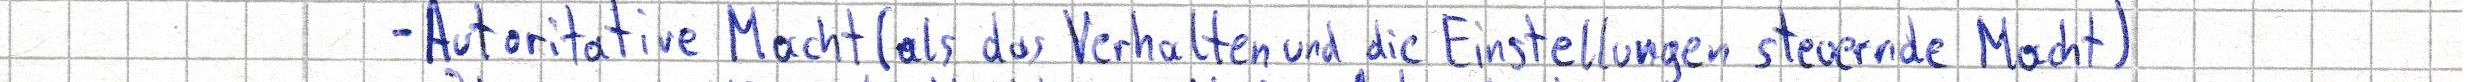
- Autoritative Macht (als das Verhalten und die Einstellungen steuernde Macht)